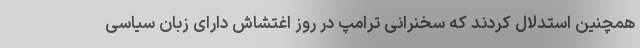
همچنین استدلال کردند که سخنرانی ترامپ در روز اغتشاش دارای زبان سیاسی